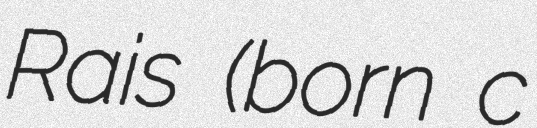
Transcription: Rais (born c